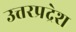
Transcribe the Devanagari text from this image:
उत्तरप्रद्रेश